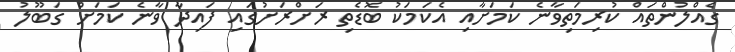
ގެއްލުންތައް ކުރިމަތިވާނެ ކަމަށާއި އެކަމަކު ބޮޑެތި ރަށްރަށުގައި ފައިދާ ވާނެ ކަމަށް ގަބޫލު